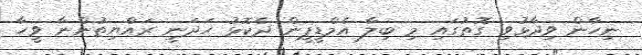
ނިހާން ވިދާޅުވި ގޮތުގައި މި ބިލާ އެމްޑީޕީން ދެކޮޅު ހަދަނީ ރައްްޔިތުންނާ ވީހާ